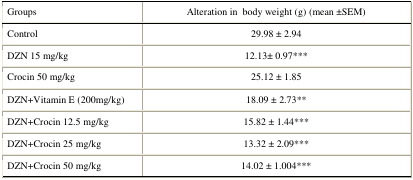
<table><thead><tr><td><b>Groups </b></td><td><b>Alteration in body weight (g) (mean ±SEM)</b></td></tr></thead><tbody><tr><td>Control</td><td>29.98 ± 2.94</td></tr><tr><td>DZN 15 mg/kg</td><td>12.13± 0.97***</td></tr><tr><td>Crocin 50 mg/kg</td><td>25.12 ± 1.85</td></tr><tr><td>DZN+Vitamin E (200mg/kg)</td><td>18.09 ± 2.73**</td></tr><tr><td>DZN+Crocin 12.5 mg/kg</td><td>15.82 ± 1.44***</td></tr><tr><td>DZN+Crocin 25 mg/kg</td><td>13.32 ± 2.09***</td></tr><tr><td>DZN+Crocin 50 mg/kg</td><td>14.02 ± 1.004***</td></tr></tbody></table>